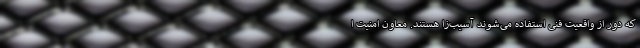
که دور از واقعیت فنی استفاده می‌شوند آسیب‌زا هستند. معاون امنیت ا